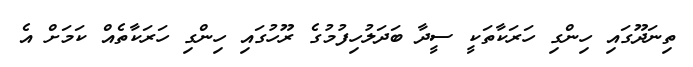
ތިނަދޫގައި ހިންގި ހަރަކާތަކީ ސީދާ ބަދަލުހިފުމުގެ ރޫހުގައި ހިންގި ހަރަކާތެއް ކަމަށް އެ